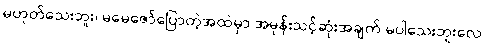
မဟုတ်သေးဘူး၊ မမေဇော်ပြောတဲ့အထဲမှာ အမုန်းသင့်ဆုံးအချက် မပါသေးဘူးလေ